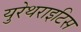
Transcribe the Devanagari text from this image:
युरेथराइटिस